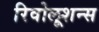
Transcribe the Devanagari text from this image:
रिवोलूशन्स